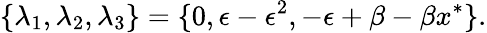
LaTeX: \{ \lambda_{1},\lambda_{2},\lambda_{3}\} =\{ 0,\epsilon-\epsilon^{2},-\epsilon+\beta-\beta x^{*}\} .